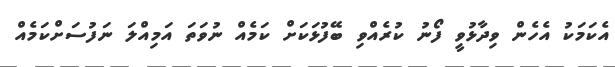
އެކަމަކު އެހެން ވިދާޅުވީ ފޯނު ކުރެއްވި ބޭފުޅަކަށް ކަމެއް ނުވަތަ އަމިއްލަ ނަފުސަށްކަމެއް